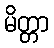
မိတ္တာ